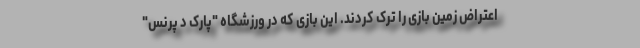
اعتراض زمین بازی را ترک کردند. این بازی که در ورزشگاه "پارک د پرنس"